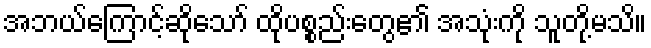
အဘယ်ကြောင့်ဆိုသော် ထိုပစ္စည်းတွေ၏ အသုံးကို သူတို့မသိ။